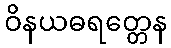
ဝိနယဓရတ္တေန